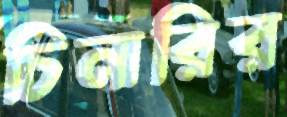
চিনারির